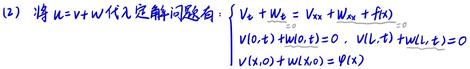
(2) 将 $u = v + w$ 代入定解问题有 $\begin{cases} V_t + W_t = V_{xx} + W_{xx} + f(x,t) \\ v(0,t) + w(0,t) = 0, \ v(l,t) + w(l,t) = 0 \\ v(x,0) + w(x,0) = \varphi(x) \end{cases}$